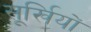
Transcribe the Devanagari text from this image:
सूर्खियों